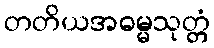
တတိယအဓမ္မသုတ္တံ